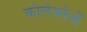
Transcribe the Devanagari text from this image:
कोलेजनेजों